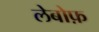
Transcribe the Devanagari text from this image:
लेबोफ़